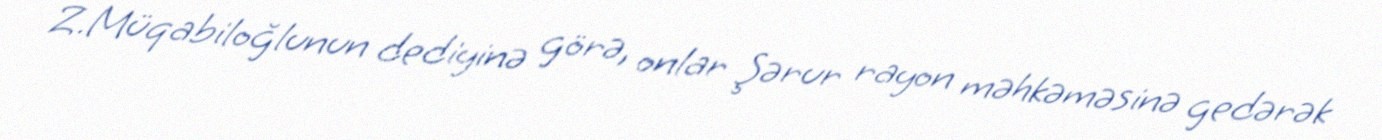
Z.Müqabiloğlunun dediyinə görə, onlar Şərur rayon məhkəməsinə gedərək